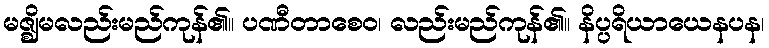
မဇ္ဈိမလည်းမည်ကုန်၏။ ပဏီတာစေဝ၊ လည်းမည်ကုန်၏။ နိပ္ပရိယာယေနပန၊